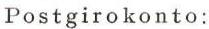
Postgirokonto: